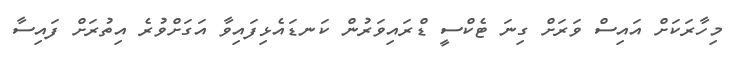
މިހާރަކަށް އައިސް ވަރަށް ގިނަ ޓެކްސީ ޑްރައިވަރުން ކަނޑައެޅިފައިވާ އަގަށްވުރެ އިތުރަށް ފައިސާ